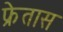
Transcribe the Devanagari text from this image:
फ्रेतास